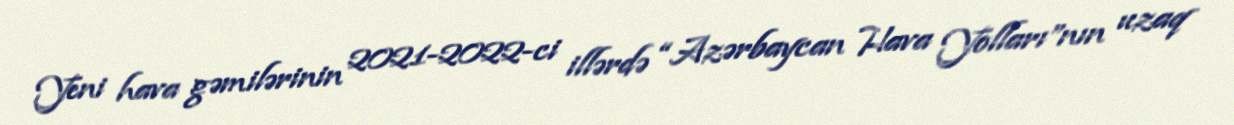
Yeni hava gəmilərinin 2021-2022-ci illərdə “Azərbaycan Hava Yolları”nın uzaq